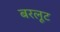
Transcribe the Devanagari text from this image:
बरलूट